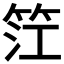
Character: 𥬮